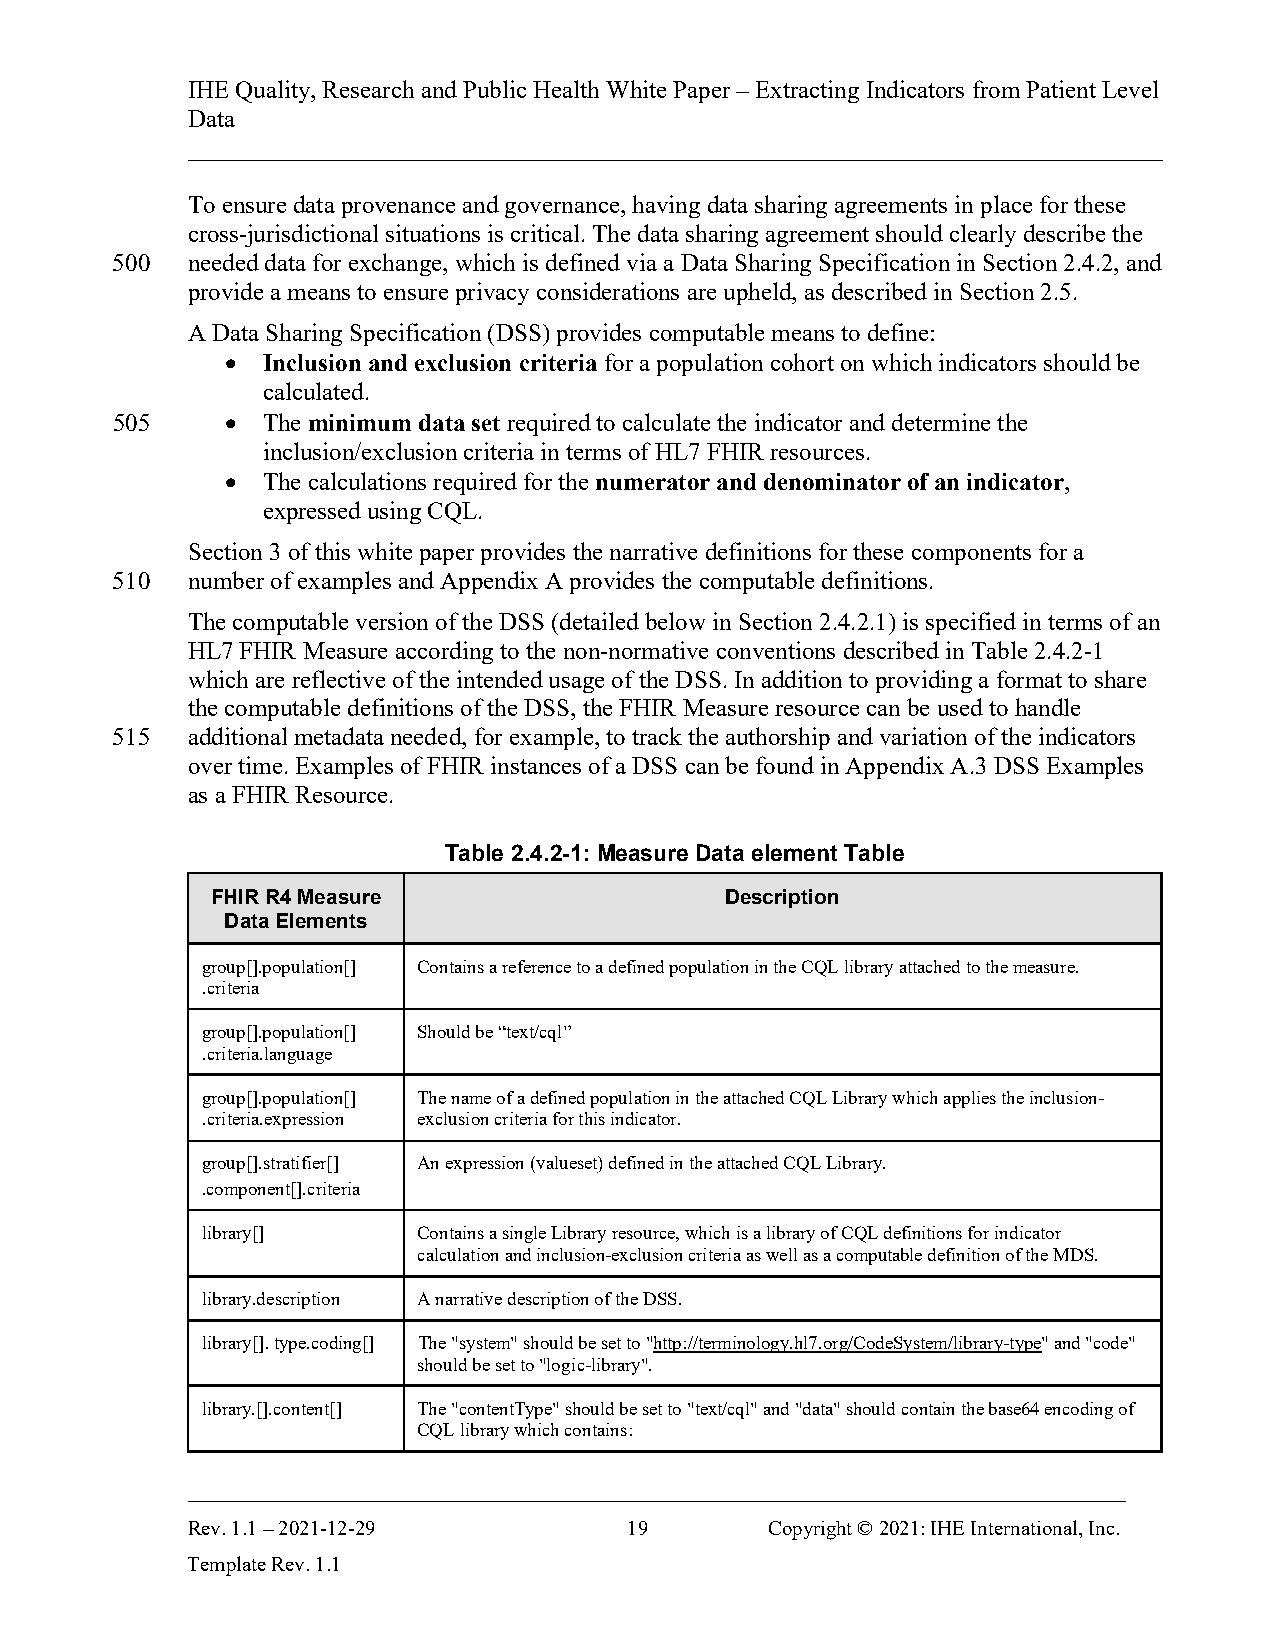
IHE Quality, Research and Public Health White Paper – Extracting Indicators from Patient Level
 Data
 ______________________________________________________________________________
 To ensure data provenance and governance, having data sharing agreements in place for these
 cross-jurisdictional situations is critical. The data sharing agreement should clearly describe the
 500  needed data for exchange, which is defined via a Data Sharing Specification in Section 2.4.2, and
 provide a means to ensure privacy considerations are upheld, as described in Section 2.5.
 A Data Sharing Specification (DSS) provides computable means to define:
 • Inclusion and exclusion criteria for a population cohort on which indicators should be
 calculated.
 505     • The minimum data set required to calculate the indicator and determine the
 inclusion/exclusion criteria in terms of HL7 FHIR resources.
 • The calculations required for the numerator and denominator of an indicator,
 expressed using CQL.
 Section 3 of this white paper provides the narrative definitions for these components for a
 510  number of examples and Appendix A provides the computable definitions.
 The computable version of the DSS (detailed below in Section 2.4.2.1) is specified in terms of an
 HL7 FHIR Measure according to the non-normative conventions described in Table 2.4.2-1
 which are reflective of the intended usage of the DSS. In addition to providing a format to share
 the computable definitions of the DSS, the FHIR Measure resource can be used to handle
 515  additional metadata needed, for example, to track the authorship and variation of the indicators
 over time. Examples of FHIR instances of a DSS can be found in Appendix A.3 DSS Examples
 as a FHIR Resource.
 Table 2.4.2-1: Measure Data element Table
 FHIR R4 Measure                   Description
 Data Elements
 group[].population[] Contains a reference to a defined population in the CQL library attached to the measure.
 .criteria
 group[].population[] Should be “text/cql”
 .criteria.language
 group[].population[] The name of a defined population in the attached CQL Library which applies the inclusion-
 .criteria.expression exclusion criteria for this indicator.
 group[].stratifier[] An expression (valueset) defined in the attached CQL Library.
 .component[].criteria
 library[]      Contains a single Library resource, which is a library of CQL definitions for indicator
 calculation and inclusion-exclusion criteria as well as a computable definition of the MDS.
 library.description A narrative description of the DSS.
 library[]. type.coding[] The "system" should be set to "http://terminology.hl7.org/CodeSystem/library-type" and "code"
 should be set to "logic-library".
 library.[].content[] The "contentType" should be set to "text/cql" and "data" should contain the base64 encoding of
 CQL library which contains:
 ___________________________________________________________________________
 Rev. 1.1 – 2021-12-29         19       Copyright © 2021: IHE International, Inc.
 Template Rev. 1.1